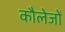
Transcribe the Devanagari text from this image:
कौलेजों